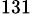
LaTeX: ^{131}